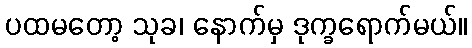
ပထမတော့ သုခ၊ နောက်မှ ဒုက္ခရောက်မယ်။